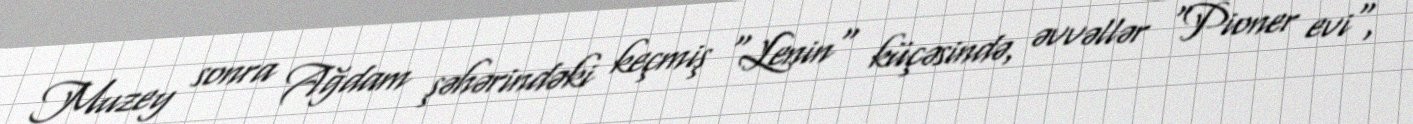
Muzey sonra Ağdam şəhərindəki keçmiş "Lenin" küçəsində, əvvəllər "Pioner evi",